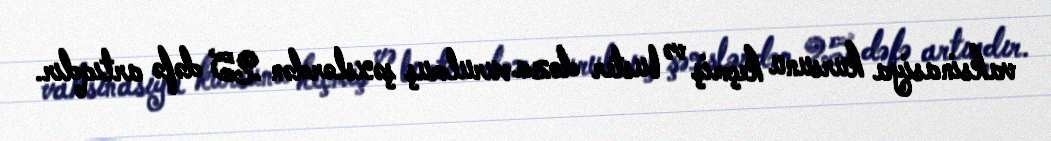
vaksinasiya kursunu keçmiş və buster doza vurulmuş şəxslərdən 25 dəfə artıqdır.